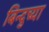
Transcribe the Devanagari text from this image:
बिन्दुच्या